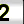
Digit: 2